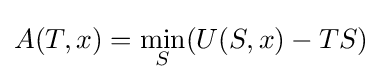
A(T,x)={\underset {S}{\mathrm {min} }}(U(S,x)-TS)